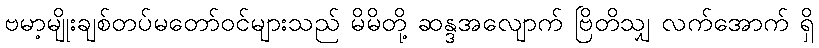
ဗမာ့မျိုးချစ်တပ်မတော်ဝင်များသည် မိမိတို့ ဆန္ဒအလျောက် ဗြိတိသျှ လက်အောက် ရှိ